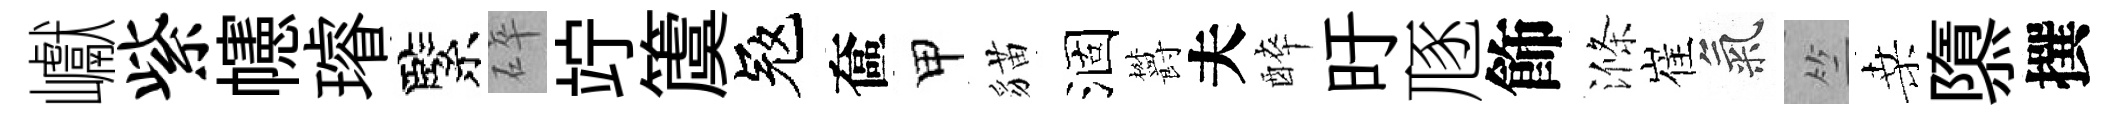
巘紫幰璿緊碎竚𥵂冦奩甲貓涸欝夫醉旴豗飾滌崔氣竺桑隳撰